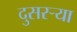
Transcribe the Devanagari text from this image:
दुसरऱ्या